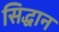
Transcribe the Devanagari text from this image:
सिद्धान